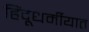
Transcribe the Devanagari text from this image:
हिंदूधर्मीयात